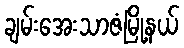
ချမ်းအေးသာဇံမြို့နယ်